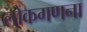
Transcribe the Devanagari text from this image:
लोकगणना